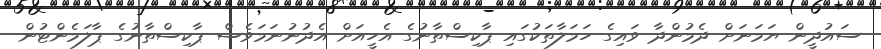
ސައުދީން ޔަމަނަށް ދެމުންދާ ވައިގެ ހަމަލާތަކުގައި ޕާކިސްތާނުގެ އެހީއަށް އެދުނުނަމަވެސް ޕާކިސްތާނުގެ ޕާލަމެންޓުން